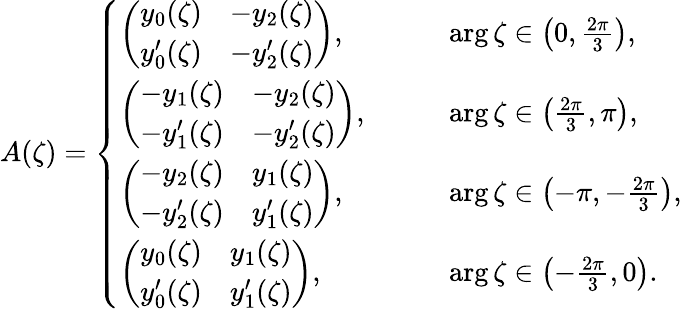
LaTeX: \begin{array}{r}{A(\zeta)=\left\{ \begin{array}{ll}{\left(\begin{array}{ll}{y_{0}(\zeta)}&{-y_{2}(\zeta)}\\ {y_{0}^{\prime}(\zeta)}&{-y_{2}^{\prime}(\zeta)}\end{array}\right),\qquad}&{\arg\zeta\in\left(0,\frac{2\pi}{3}\right),}\\ {\left(\begin{array}{ll}{-y_{1}(\zeta)}&{-y_{2}(\zeta)}\\ {-y_{1}^{\prime}(\zeta)}&{-y_{2}^{\prime}(\zeta)}\end{array}\right),\qquad}&{\arg\zeta\in\left(\frac{2\pi}{3},\pi\right),}\\ {\left(\begin{array}{ll}{-y_{2}(\zeta)}&{y_{1}(\zeta)}\\ {-y_{2}^{\prime}(\zeta)}&{y_{1}^{\prime}(\zeta)}\end{array}\right),\qquad}&{\arg\zeta\in\left(-\pi,-\frac{2\pi}{3}\right),}\\ {\left(\begin{array}{ll}{y_{0}(\zeta)}&{y_{1}(\zeta)}\\ {y_{0}^{\prime}(\zeta)}&{y_{1}^{\prime}(\zeta)}\end{array}\right),\qquad}&{\arg\zeta\in\left(-\frac{2\pi}{3},0\right).}\end{array}\right.}\end{array}